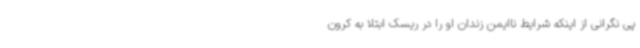
پی نگرانی از اینکه شرایط ناایمن زندان او را در ریسک ابتلا به کرون